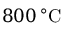
8 0 0 \, ^ { \circ } \mathrm { C }